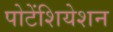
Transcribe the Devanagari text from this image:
पोटेंशियेशन